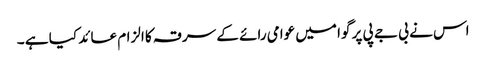
اس نے بی جے پی پر گوا میں عوامی رائے کے سرقہ کا الزام عائد کیا ہے ۔